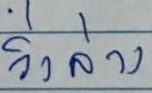
วิ่งล่าง